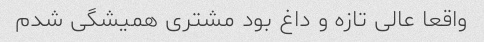
واقعا عالی تازه و داغ بود مشتری همیشگی شدم